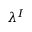
\lambda ^ { I }